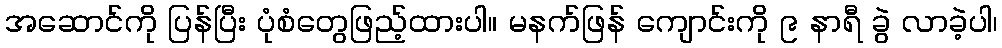
အဆောင်ကို ပြန်ပြီး ပုံစံတွေဖြည့်ထားပါ။ မနက်ဖြန် ကျောင်းကို ၉ နာရီ ခွဲ လာခဲ့ပါ၊